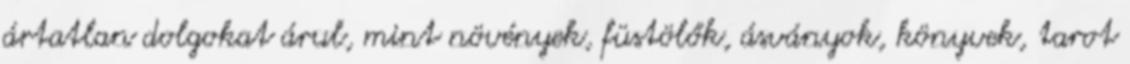
ártatlan dolgokat árul, mint növények, füstölők, ásványok, könyvek, tarot